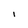
Character: i